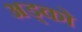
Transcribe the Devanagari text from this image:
अड्को